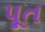
પૂત